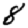
Digit: 8